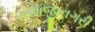
સયાજીનગરી